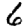
Digit: 6